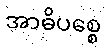
အာဓိပစ္စေ